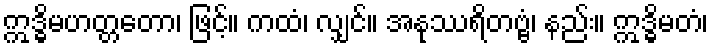
ဣဒ္ဓိမဟတ္တတော၊ ဖြင့်။ ကထံ၊ လျှင်။ အနုဿရိတဗ္ဗံ၊ နည်း။ ဣဒ္ဓိမတံ၊